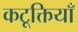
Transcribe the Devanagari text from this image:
कटूक्तियाँ